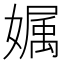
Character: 𡠟